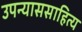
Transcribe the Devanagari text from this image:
उपन्याससाहित्य